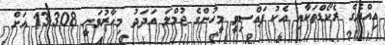
އިއްޔެގެ ރެކޯޑްތަކާއި އެކު ފައްސިވީ މީހުންގެ ޖުމްލަ އަދަދު މިހާރުވަނީ 13